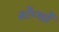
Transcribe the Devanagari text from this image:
स्टेंण्डों